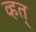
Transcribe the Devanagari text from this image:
व्हत्